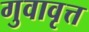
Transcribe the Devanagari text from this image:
गुवावृत्त